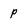
Character: p